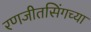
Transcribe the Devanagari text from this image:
रणजीतसिंगच्या